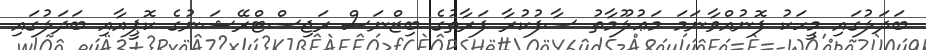
ބަދަލުގައި މީހަކު ފޮނުއްވާނަމަ މަޢުލޫމާތު ސާފުކުރާ ފަރާތުގެ ބިޒްނަސް ރަޖިސްޓްރޭޝަނުގެ ކޮޕީއާއި ބަދަލުގައި